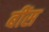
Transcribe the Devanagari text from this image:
बींस